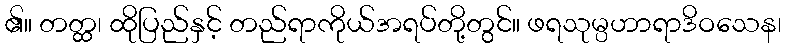
၏။ တတ္ထ၊ ထိုပြည်နှင့် တည်ရာကိုယ်အရပ်တို့တွင်။ ဖရသုမ္ပဟာရာဒိဝသေန၊